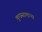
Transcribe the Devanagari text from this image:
कुछसामान्य